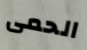
الحمى